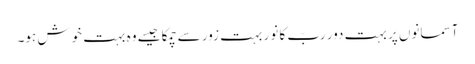
آسمانوں پر بہت دور ربّ کا نور بہت زور سے چمکا جیسے وہ بہت خوش ہو۔